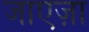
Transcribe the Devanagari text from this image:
जाएज़ा